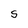
Character: S